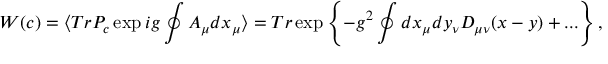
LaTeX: W ( c ) = \langle T r P _ { c } \exp i g \oint A _ { \mu } d x _ { \mu } \rangle = T r \exp \left\{ - g ^ { 2 } \oint d x _ { \mu } d y _ { \nu } D _ { \mu \nu } ( x - y ) + . . . \right\} ,